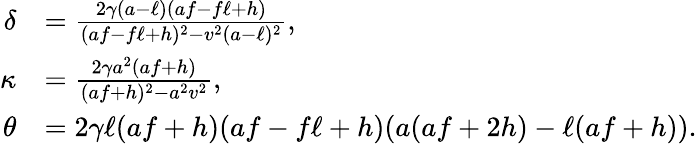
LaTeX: \begin{array}{rl}{\delta}&{=\frac{2\gamma(a-\ell)(af-f\ell+h)}{(af-f\ell+h)^{2}-v^{2}(a-\ell)^{2}},}\\ {\kappa}&{=\frac{2\gamma a^{2}(af+h)}{(af+h)^{2}-a^{2}v^{2}},}\\ {\theta}&{=2\gamma\ell(af+h)(af-f\ell+h)(a(af+2h)-\ell(af+h)).}\end{array}